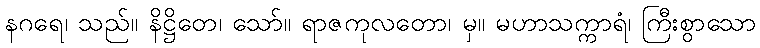
နဂရေ၊ သည်။ နိဋ္ဌိတေ၊ သော်။ ရာဇကုလတော၊ မှ။ မဟာသက္ကာရံ၊ ကြီးစွာသော